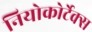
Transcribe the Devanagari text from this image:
नियोकोर्टेक्स